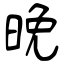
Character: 晚